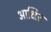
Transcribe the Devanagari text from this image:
आक्षित